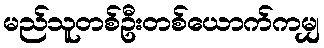
မည်သူတစ်ဦးတစ်ယောက်ကမျှ